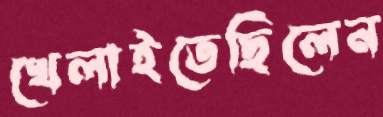
খেলাইতেছিলেন